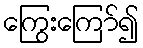
ကြွေးကြော်၍